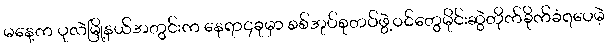
မနေ့က ပုလဲမြို့နယ်အတွင်းက နေရာ၄ခုမှာ စစ်အုပ်စုတပ်ဖွဲ့ဝင်တွေမိုင်းဆွဲတိုက်ခိုက်ခံရပေမဲ့